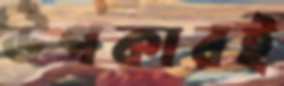
উপকারই